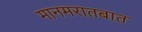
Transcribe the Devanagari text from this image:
मानमरातबात